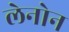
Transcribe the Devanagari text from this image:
लेनोन